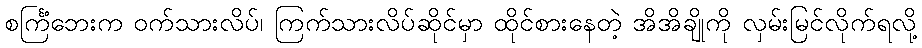
စင်္ကြံဘေးက ဝက်သားလိပ်၊ ကြက်သားလိပ်ဆိုင်မှာ ထိုင်စားနေတဲ့ အိအိချိုကို လှမ်းမြင်လိုက်ရလို့